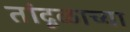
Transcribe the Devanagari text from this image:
तांदूळाच्या